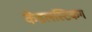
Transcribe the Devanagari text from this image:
कैंडलस्टिकग